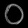
Digit: ၀